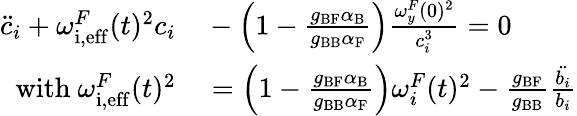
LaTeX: \begin{array}{rl}{\ddot{c}_{i}+{{\omega_{\mathrm{i,eff}}^{F}}}(t)^{2}c_{i}}&{{}-\left(1-\frac{g_{\mathrm{BF}}\alpha_{\mathrm{B}}}{g_{\mathrm{BB}}\alpha_{\mathrm{F}}}\right)\frac{{\omega_{y}^{F}}(0)^{2}}{c_{i}^{3}}=0}\\ {{\mathrm{with~}{\omega_{\mathrm{i,eff}}^{F}}}(t)^{2}}&{{}=\left(1-\frac{g_{\mathrm{BF}}\alpha_{\mathrm{B}}}{g_{\mathrm{BB}}\alpha_{\mathrm{F}}}\right){\omega_{i}^{F}}(t)^{2}-\frac{g_{\mathrm{BF}}}{g_{\mathrm{BB}}}\frac{\ddot{b_{i}}}{b_{i}}}\end{array}